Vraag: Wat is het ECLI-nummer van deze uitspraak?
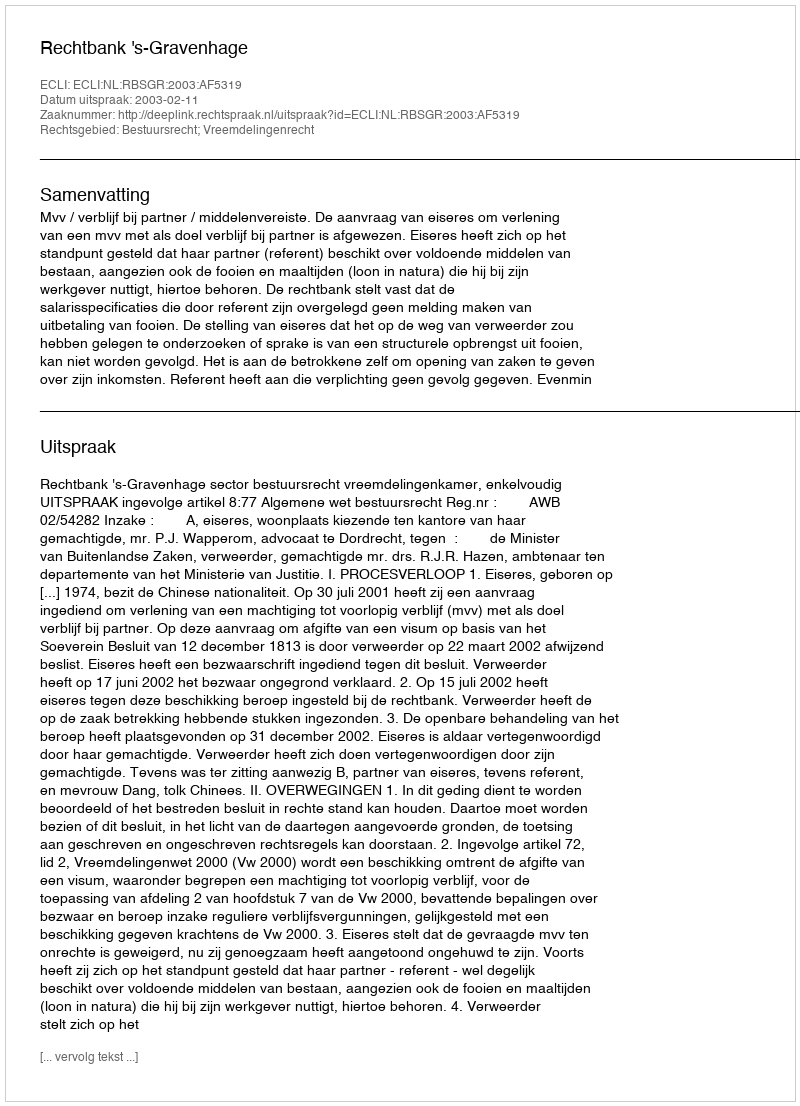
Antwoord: ECLI:NL:RBSGR:2003:AF5319